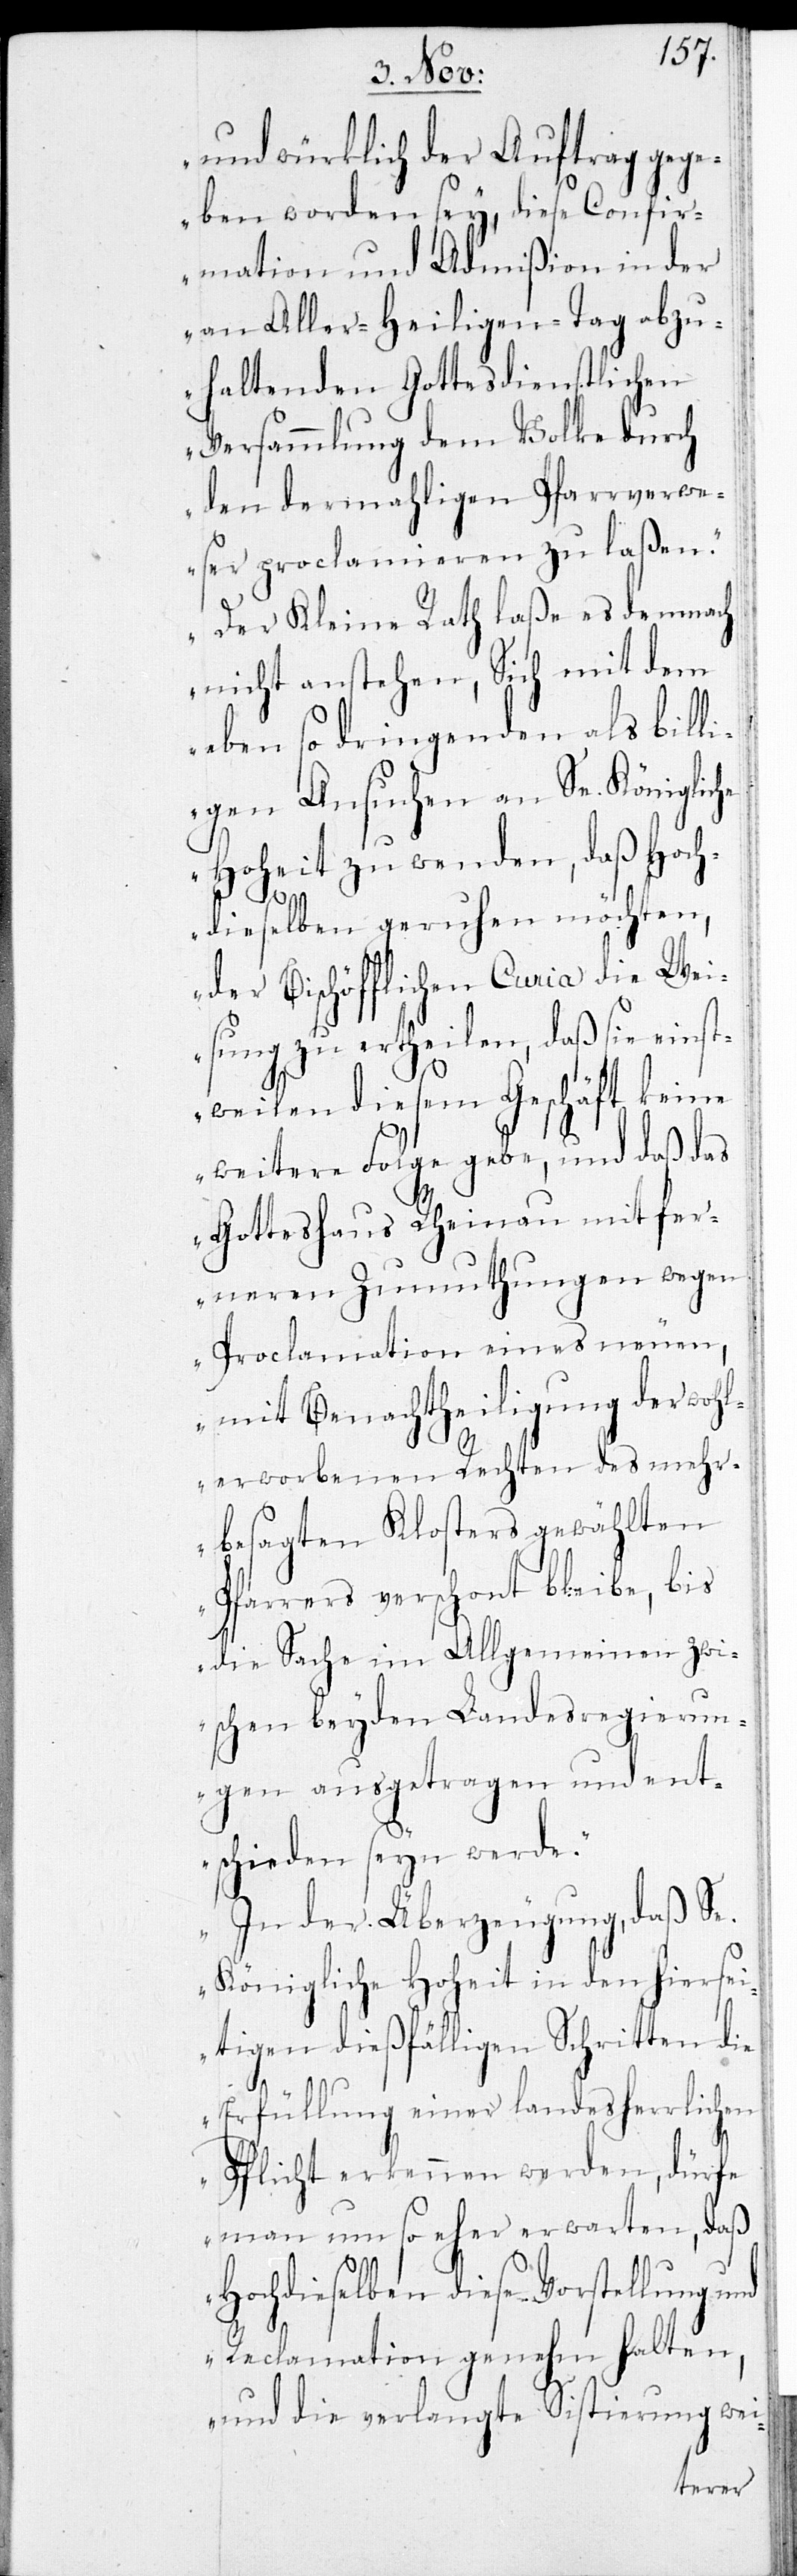
und würklich der Auftrag geg¬
eben worden sey, diese Confir¬
mation und Admißion in der
an Aller-Heiligen-Tag abzu¬
haltenden Gottesdienstlichen
Versammlung dem Volke durch
den dermahligen Pfarrverwe¬
ser proclamieren zu laßen.
Der Kleine Rath laße es demnach
nicht anstehen, Sich mit dem
eben so dringenden als billi¬
gen Ansuchen an Se. Königliche
Hoheit zu wenden, daß Hoch¬
dieselben geruhen möchten,
der Bischöfflichen Curia die Wei¬
sung zu ertheilen, daß sie einst¬
weilen diesem Geschäft keine
weitere Folge gebe, und daß das
Gotteshaus Rheinau mit fer¬
neren Zumuthungen wegen
Proclamation eines neuen,
mit Benachtheiligung der wohl¬
erworbenen Rechten des mehr¬
besagten Klosters gewählten
Pfarrers verschont bleibe, bis
die Sache im Allgemeinen zwi¬
schen beyden Landesregierun¬
gen ausgetragen und ent¬
schieden seyn werde.
In der Überzeugung, daß Se.
Königliche Hoheit in den hiersei¬
tigen dießfälligen Schritten die
Erfüllung einer landesherrlichen
Pflicht erkennen werden, dürfe
man um so eher erwarten, daß
Hochdieselben diese Vorstellung und
Reclamation genehm halten,
und die verlangte Sistierung wei-